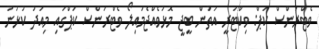
ވެޓްރަންސް ކަޕް: ވިކްޓަރީ އަތުން ބީޖީ މޮޅުވެއްޖެމައިލޯ ވެޓްރަންސް ކަޕްގައި މިއަދު ކުޅުނު